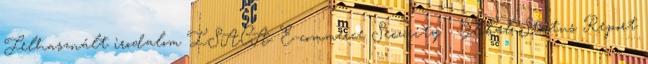
Felhasznált irodalom ISACA: E-commerce Security - Global Status Report